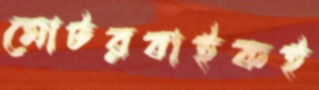
মোটরবাইকই